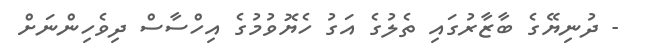
- ދުނިޔޭގެ ބާޒާރުގައި ތެލުގެ އަގު ހެޔޮވުމުގެ އިހްސާސް ދިވެހިންނަށް